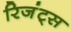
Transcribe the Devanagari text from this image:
रिजंट्स